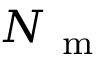
N _ { \mathrm { ~ m ~ } }